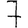
Digit: 7